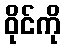
ဝိုင်ကို